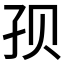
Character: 𱙷